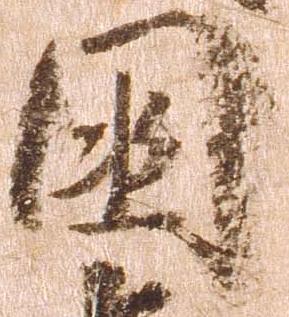
国